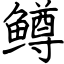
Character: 鳟